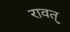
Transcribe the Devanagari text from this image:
रावत्